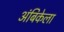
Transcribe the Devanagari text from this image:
अंबिकेला